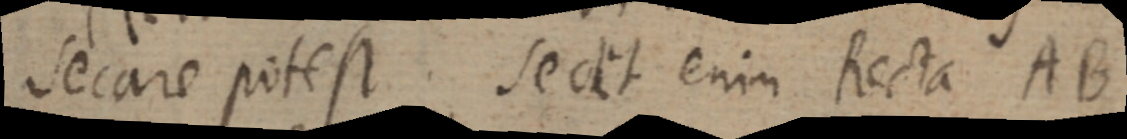
secare potest. Sedit enim Recta AB